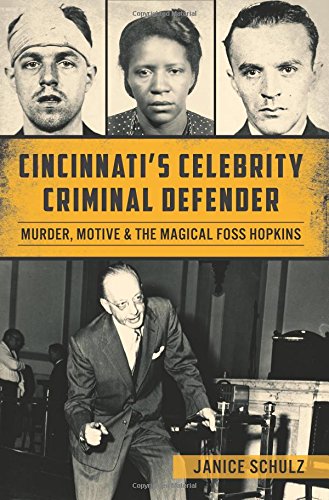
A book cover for Cincinnatis Celebrity Criminal Defender:; Janice Schulz; Law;